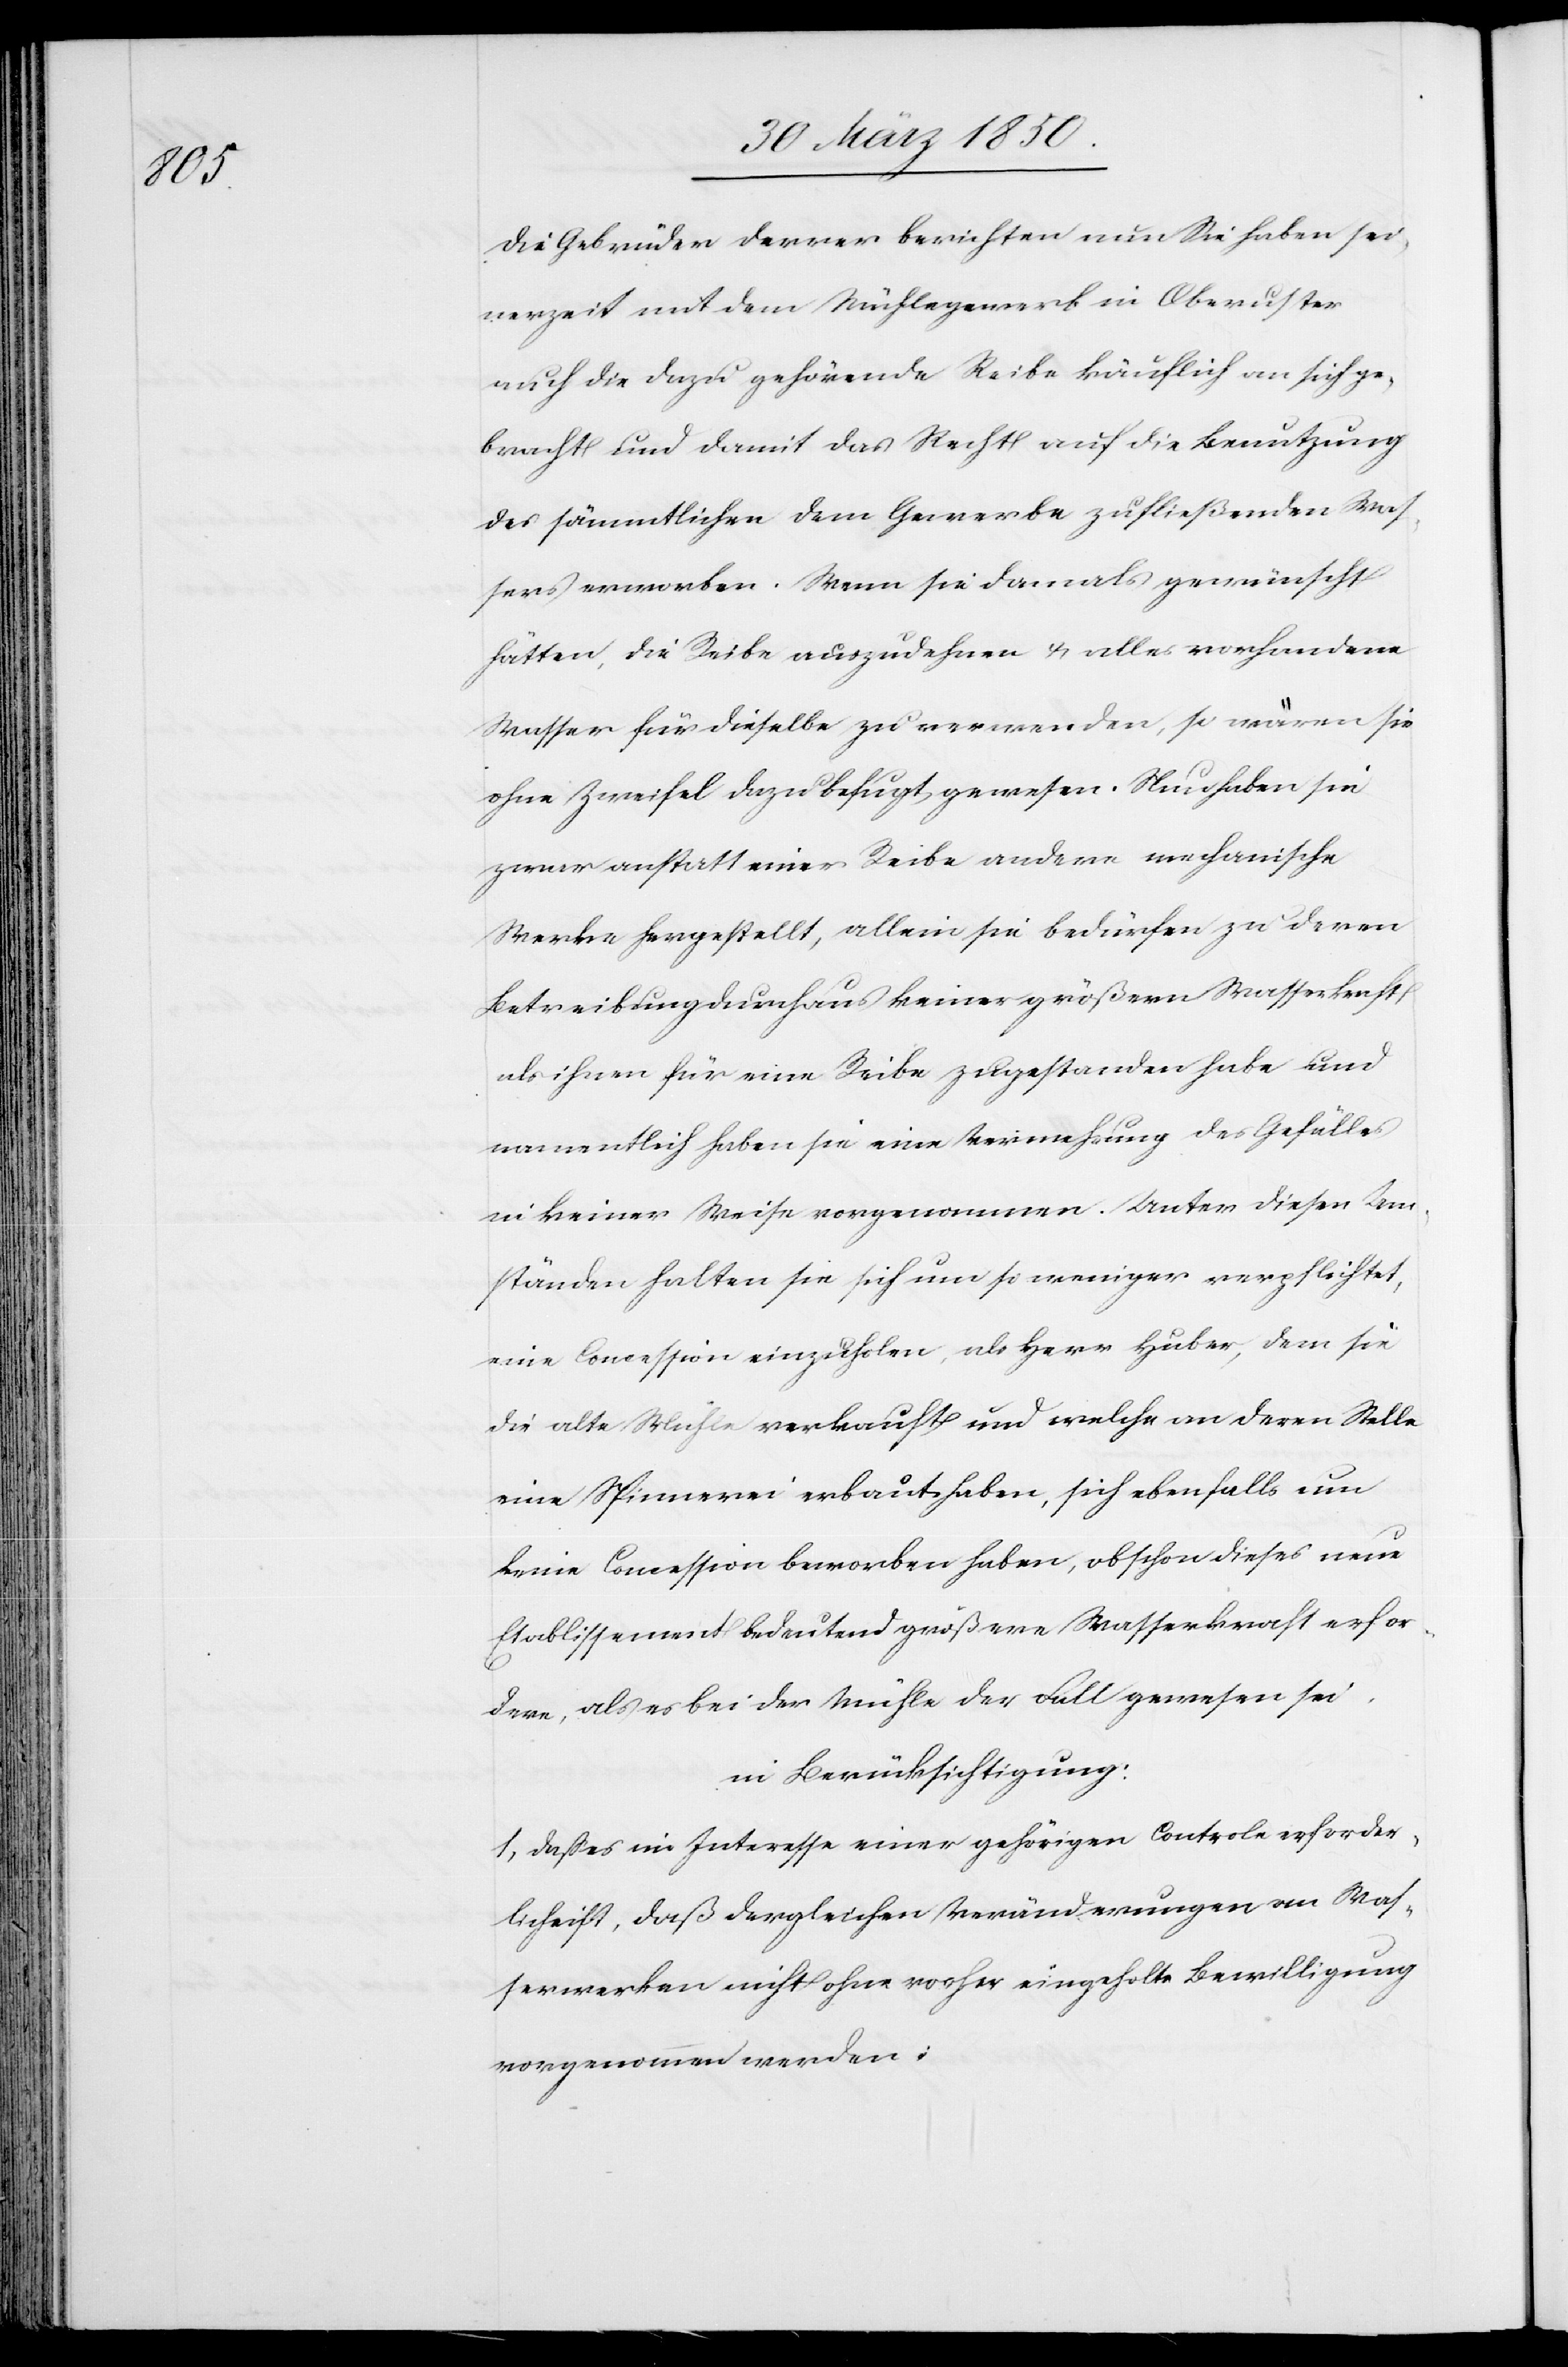
Die Gebrüder Derrer berichten nun Sie haben sei¬
nerzeit mit dem Mühlegewerk in Oberuster
auch die dazu gehörende Reibe käuflich an sich ge¬
bracht und damit das Recht auf die Benutzung
des sämmtlichen dem Gewerbe zufließenden Was¬
sers erworben. Wenn sie damals gewünscht
hätten, die Reibe auszudehnen u. alles vorhandene
Wasser für dieselbe zu verwenden, so wären sie
ohne Zweifel dazu befugt gewesen. Nachdem sie
zwar anstatt einer Reibe andere mechanische
Werke hergestellt, allein sie bedürfen zu deren
Betreibung durchaus keiner größern Wasserkraft
als ihnen für eine Reibe zugestanden habe und
namentlich haben sie eine Vermehrung des Gefälles
in keiner Weise vorgenommen. Unter diesen Um¬
ständen halten sie sich um so weniger verpflichtet,
eine Concession einzuholen, als Herr Huber, dem sie
die alte Mühle verkauft und welche an deren Stelle
eine Spinnerei erbaut haben, sich ebenfalls um
keine Concession beworben habe, obschon dieses neue
Etablissement bedeutend größere Wasserkraft erfor¬
dere, als es bei der Mühle der Fall gewesen sei,
in Berücksichtigung:
1, daß es im Interesse einer gehörigen Controle erforder¬
lich ist, daß dergleichen Veränderungen an Was¬
serwerken nicht ohne vorher eingeholte Bewilligung
vorgenommen werden;